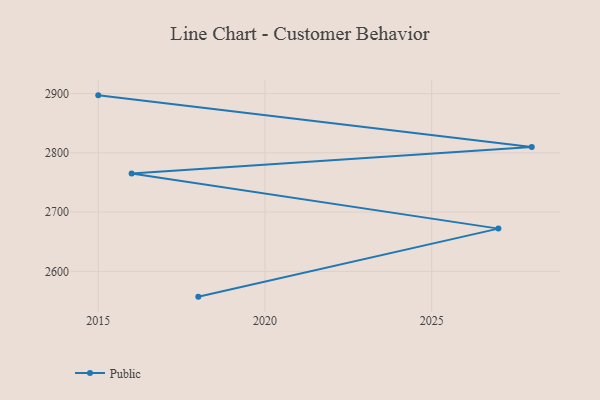
{"axis": {"x": "Year", "y": "Satisfaction Score"}, "legend": ["Public"], "data": [{"x": "2015", "y": 2897.0, "type": "Public"}, {"x": "2028", "y": 2810.0, "type": "Public"}, {"x": "2016", "y": 2765.1, "type": "Public"}, {"x": "2027", "y": 2672.1, "type": "Public"}, {"x": "2018", "y": 2557.3, "type": "Public"}]}